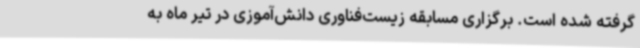
گرفته شده است. برگزاری مسابقه‌ زیست‌فناوری دانش‌آموزی در تیر ماه به